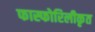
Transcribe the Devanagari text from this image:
फास्फोरिलीकृत